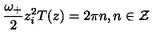
\frac { \omega _ { + } } { 2 } z _ { i } ^ { 2 } T ( z ) = 2 \pi n , n \in { \cal Z }